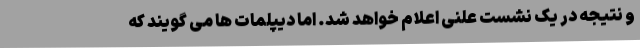
و نتیجه در یک نشست علنی اعلام خواهد شد. اما دیپلمات ها می گویند که